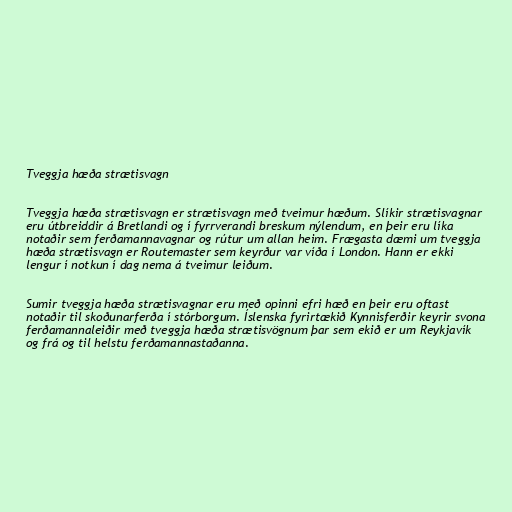
Tveggja hæða strætisvagn

Tveggja hæða strætisvagn er strætisvagn með tveimur hæðum. Slíkir strætisvagnar
eru útbreiddir á Bretlandi og í fyrrverandi breskum nýlendum, en þeir eru líka
notaðir sem ferðamannavagnar og rútur um allan heim. Frægasta dæmi um tveggja
hæða strætisvagn er Routemaster sem keyrður var víða í London. Hann er ekki
lengur í notkun í dag nema á tveimur leiðum.

Sumir tveggja hæða strætisvagnar eru með opinni efri hæð en þeir eru oftast
notaðir til skoðunarferða í stórborgum. Íslenska fyrirtækið Kynnisferðir keyrir svona
ferðamannaleiðir með tveggja hæða strætisvögnum þar sem ekið er um Reykjavík
og frá og til helstu ferðamannastaðanna.